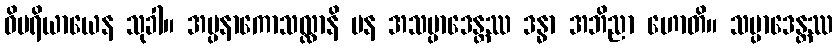
ဝိပရိယာယေန သုခါ။ အပ္ပနာကောသလ္လာနိ ပန အသမ္ပာဒေန္တဿ ဒန္ဓာ အဘိညာ ဟောတိ။ သမ္ပာဒေန္တဿ